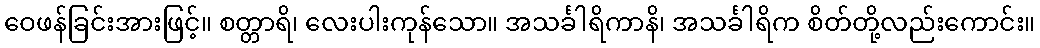
ဝေဖန်ခြင်းအားဖြင့်။ စတ္တာရိ၊ လေးပါးကုန်သော။ အသင်္ခါရိကာနိ၊ အသင်္ခါရိက စိတ်တို့လည်းကောင်း။